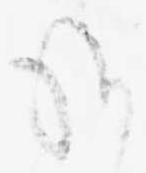
給